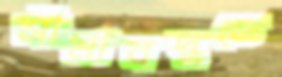
সীমাবদ্ধতে